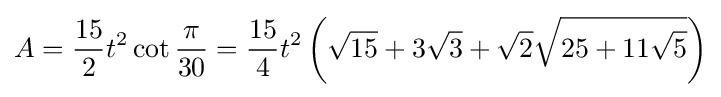
A={\frac {15}{2}}t^{2}\cot {\frac {\pi }{30}}={\frac {15}{4}}t^{2}\left({\sqrt {15}}+3{\sqrt {3}}+{\sqrt {2}}{\sqrt {25+11{\sqrt {5}}}}\right)